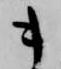
キ